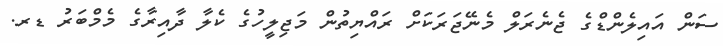
ސަން އައިލެންޑްގެ ޖެނެރަލް މެނޭޖަރަކަށް ރައްޔިތުން މަޖިލީހުގެ ކެލާ ދާއިރާގެ މެމްބަރު ޑރ.